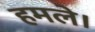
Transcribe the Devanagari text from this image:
हमले।